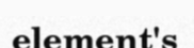
element's